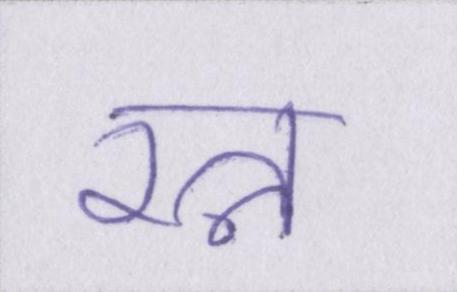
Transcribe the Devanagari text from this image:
रत्न